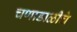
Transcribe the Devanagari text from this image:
चणाडाळीचे